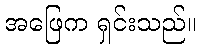
အဖြေက ရှင်းသည်။